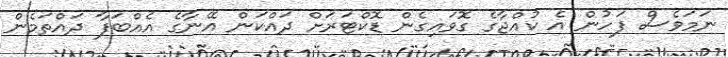
ނަމަވެސް ފަހުން އެ ކުއްޖާގެ ގޮވައިގެން ޑޮކްޓަރަށް ދައްކަން އޭނާގެ އެއްބަފާ ދައްތަމެން